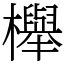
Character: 櫸